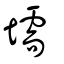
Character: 壖